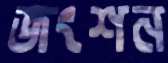
জংশন